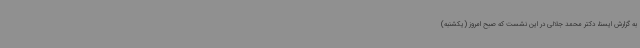
به گزارش ایسنا، دکتر محمد جلالی در این نشست که صبح امروز (یکشنبه)